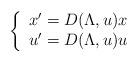
LaTeX: \begin{align*}\left\{\begin{array}{l} x^{\prime}=D(\Lambda,u)x \\ u^{\prime}=D(\Lambda,u)u \end{array}\right. \end{align*}